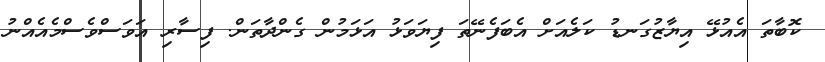
ކޮބާތަ އެއުޅޭ އިޔާޒުގަނޑު ކަލެއަށް އެބަފެނޭތަ ފިޔަވަޅު އަޅަމުން ގެންދާތަން. ފިސާރި އަވަސްވެސްމެއެއްނު